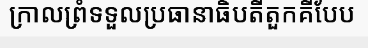
ក្រាលព្រំទទួលប្រធានាធិបតីតួកគីបែប